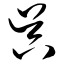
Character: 吴